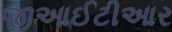
જીઆઈટીઆર